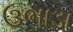
ઉભાડા